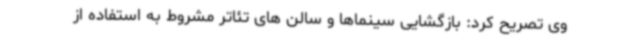
وی تصریح کرد: بازگشایی سینماها و سالن های تئاتر مشروط به استفاده از